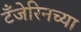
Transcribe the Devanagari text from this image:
टँजेरिनच्या